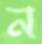
ন